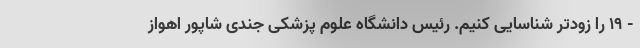
- ۱۹ را زودتر شناسایی کنیم. رئیس دانشگاه علوم پزشکی جندی شاپور اهواز